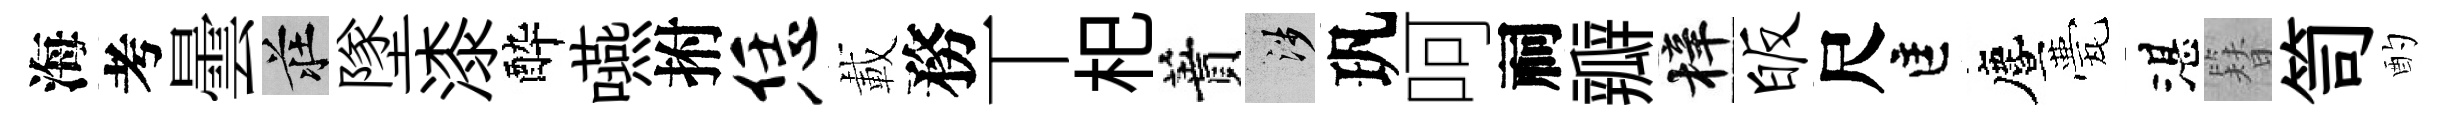
海考曇莊墜漆酔嚥拊恁載務丅𣏌蕡涉㺬呵祠瓣梓皈尺匡󵨌甍湛簪笥酌